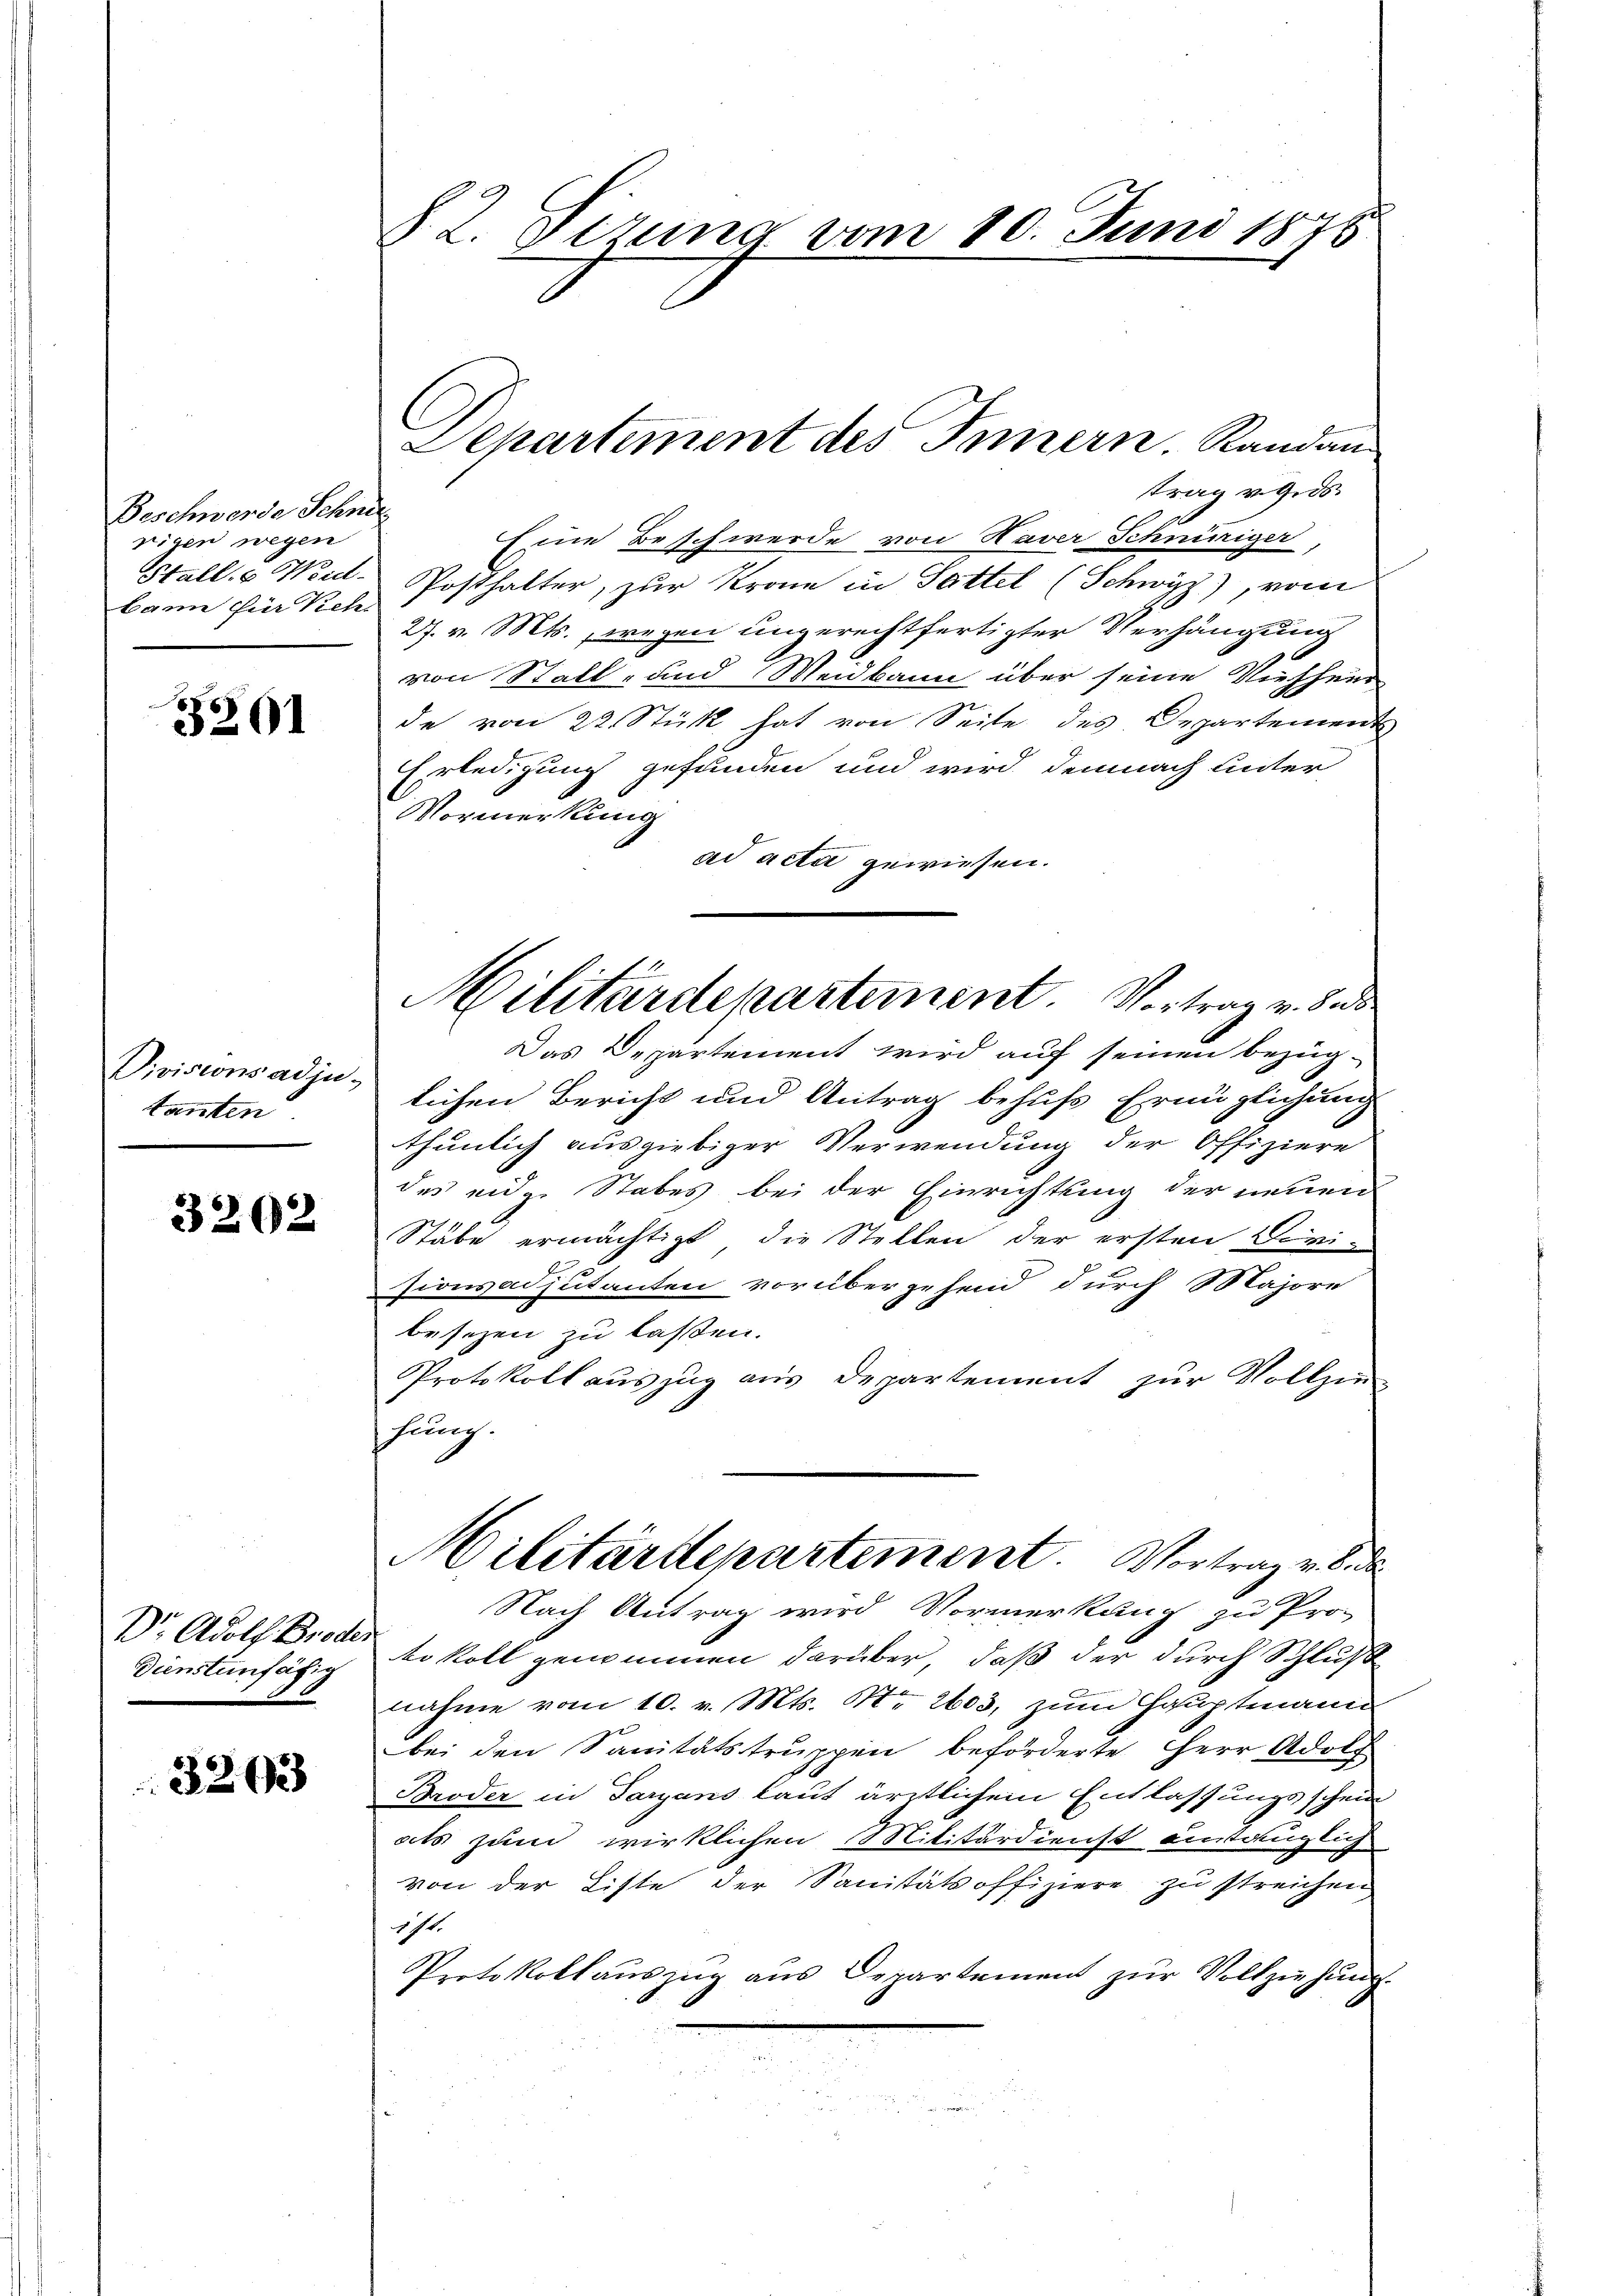
Beschwerde Schni
rigen wegen
Stall. Weidbann für Vieh

3201

Divisionsadju-
tanten

3202

Dr. Adolf Brode.
Diensteinfähig

3203

§ 2. Sirung vom 10. Juni 1875.

Separtiment des Innern Randantrag von. ds.

Eine Beschwerde von Haver Schnüriger
Posthalter, zur Krone in Sattel (Schwyz), vom
27. v. Mts., wegen ungerechtfertigter Verhängung
von Stall- und Weidbann über seine Viehhei
de von 22 Stück hat von Seite des Departement
Erledigung gefunden und wird demnach unter
Vormerkung
ad acta gewiesen.
Das Departement wird auf seinen bezüg-
lichen Bericht und Antrag behufs Ermüglichung
thunlich ausgiebiger Verwendung der Offiziere
des eidge Stabes bei der Einrichtung der neuen
Stäbe ermächtigt, die Stellen der ersten Divi-
Zionvadjutanten vorübergehend durch Majore
besezen zu laßen.
Protokoll auszug aus Departement zur Vollzie-
hung.
Militärdepartement. Vortrag v. 8. de
Nach Antrag wird Vormerkung zu Pro-
dr koll genommen darüber, daß der durch Schluß
nahme vom 10. v. Mts. No 2603, zum Hauptmann
bei den Sanitätstruppen beförderte Herr Adolf
Broder in Taryans laut ärztlichem Entlassungsschein
als zum wirklichen Militärdienst eintauglich
von der Liste der Sanitätsoffiziere zu streichen
174.
Protokollauszug aus Departement zur Vollziehung.

Militärdepartement Vortrag v. Be